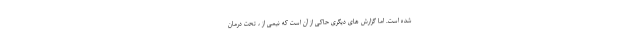
شده است. اما گزارش های دیگری حاکی از آن است که نیمی از ، تحت درمان